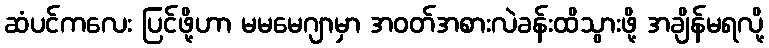
ဆံပင်ကလေး ပြင်ဖို့ဟာ မမမေဂျာမှာ အဝတ်အစားလဲခန်းထိသွားဖို့ အချိန်မရလို့